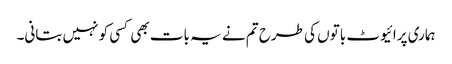
ہماری پرائیوٹ باتوں کی طرح تم نے یہ بات بھی کسی کو نہیں بتانی۔